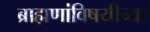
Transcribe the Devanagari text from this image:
ब्राह्मणांविषयीच्या